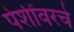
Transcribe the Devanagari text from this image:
पेशींवरचे